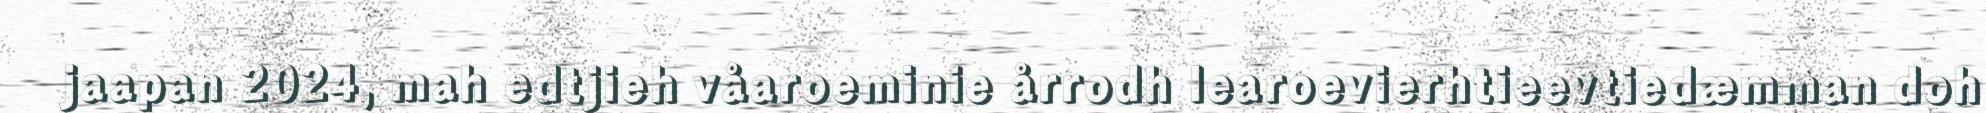
jaapan 2024, mah edtjieh våaroeminie årrodh learoevierhtieevtiedæmman doh